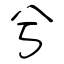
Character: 兮